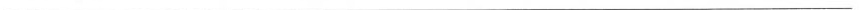
___